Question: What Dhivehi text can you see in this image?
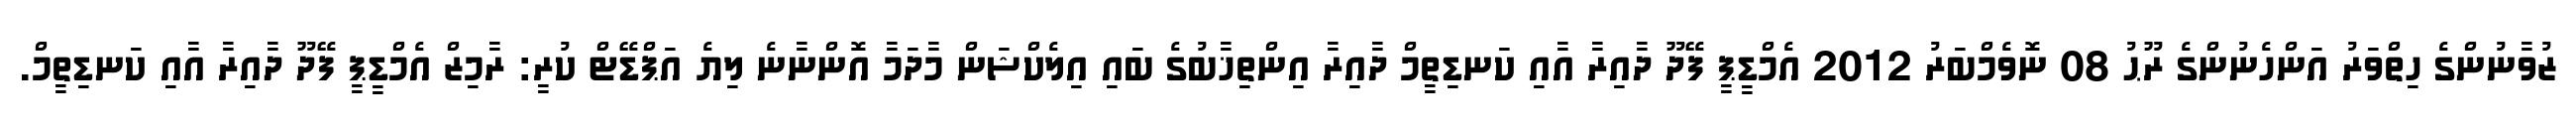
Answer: ޒުވާނުންގެ ހިތްވަރު އަންހެނުންގެ ރޫޙު 08 ނޮވެމްބަރު 2012 އެމްޑީޕީ ފޭދޫ ދާއިރާ އާއި ކަނޑިތީމް ދާއިރާ އިންތިޚާބުގެ ބައި އިލެކްޝަން މާދަމާ އޮންނާނެ ލިޔެ އަޕްޑޭޓް ކުރީ: ރާމިޒް އެމްޑީޕީ ފޭދޫ ދާއިރާ އާއި ކަނޑިތީމް.